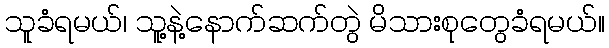
သူခံရမယ်၊ သူ့နဲ့နောက်ဆက်တွဲ မိသားစုတွေခံရမယ်။